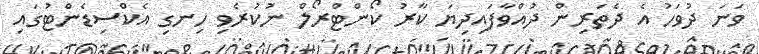
ވަނަ ދުވަހު އެ ދެތަރިން ދުއްވާފައިދިޔަ ކާރު ކޯންޓްރޯލް ނުކުރެވި ހިނގި އެކްސިޑެންޓުގައި